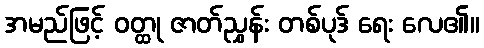
အမည်ဖြင့် ဝတ္ထု ဇာတ်ညွှန်း တစ်ပုဒ် ရေး လေ၏။